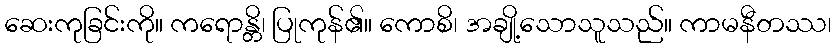
ဆေးကုခြင်းကို။ ကရောန္တိ၊ ပြုကုန်၏။ ကောစိ၊ အချို့သောသူသည်။ ကာမနီတဿ၊